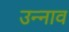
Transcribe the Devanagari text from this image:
उन्‍नाव